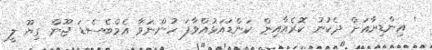
' އިންޑިޔާއަށް ދެކުނު ކޮރެއާއިން ކަންޑައަޅުއްވާފަ ހުންނަވާ އެމްބެސެޑަ ޖޫން ގިޔޫ ލީ